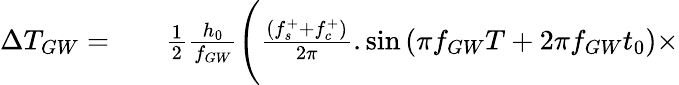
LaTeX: \begin{array}{rlr}{\Delta T_{GW}=}&{{}}&{\frac{1}{2}\frac{h_{0}}{f_{GW}}\Biggl(\frac{(f_{s}^{+}+f_{c}^{+})}{2\pi}.\sin{(\pi f_{GW}T+2\pi f_{GW}t_{0})}\times}\end{array}